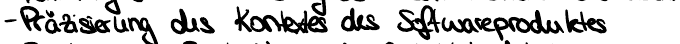
- Präzisierung des Kontextes der Softwareproduktes